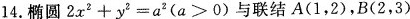
14.椭圆$$2x^{2}+y^{2}=a^{2}(a>0)$$与联结A(1，2)，B(2，3)